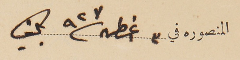
المنصوره في ٣ اغسطس ٩٢٧ بكفيا